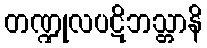
တဏ္ဍုလပဋိဘသ္တာနိ